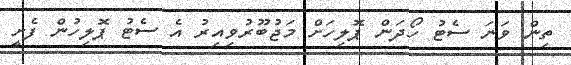
ތިން ވަނަ ސެޓު ހޯދަން ޕޮލިހަށް މަޖުބޫރުވިއިރު އެ ސެޓު ޕޮލިހުން ފެށީ